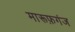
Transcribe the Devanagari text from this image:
मारूफ़गंज